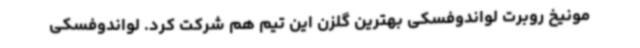
مونیخ روبرت لواندوفسکی بهترین گلزن این تیم هم شرکت کرد. لواندوفسکی